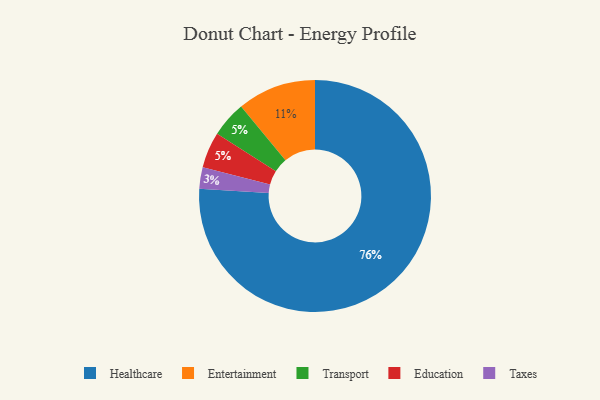
{"axis": {"x": "Category", "y": "Percentage"}, "legend": ["Education", "Entertainment", "Healthcare", "Taxes", "Transport"], "data": [{"x": "Transport", "y": 5, "type": "Transport"}, {"x": "Education", "y": 5, "type": "Education"}, {"x": "Healthcare", "y": 76, "type": "Healthcare"}, {"x": "Entertainment", "y": 11, "type": "Entertainment"}, {"x": "Taxes", "y": 3, "type": "Taxes"}]}